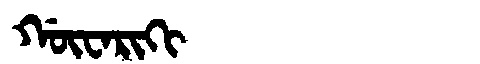
Manchu: ᡤᡡᠸᠠᡵᡳᡴᡳ
Romanization: GŪWARIKI